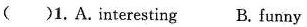
( )1. A. interesting B. funny